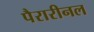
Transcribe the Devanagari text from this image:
पैरारीनल